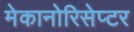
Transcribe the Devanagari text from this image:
मेकानोरिसेप्टर